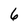
Character: 6